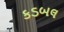
કડબલ